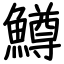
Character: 鱒